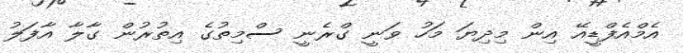
އެމްއެފްޑީއޭ އިން މިދިޔަ މަހު ވަނީ ގްރެނީ ސްމިތުގެ އިތުރުން ގާލާ އާފަލު